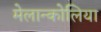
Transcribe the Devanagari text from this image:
मेलान्कोलिया